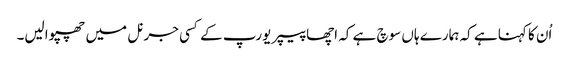
اُن کا کہنا ہے کہ ہمارے ہاں سوچ ہے کہ اچھا پیپر یورپ کے کسی جرنل میں چھپوالیں۔